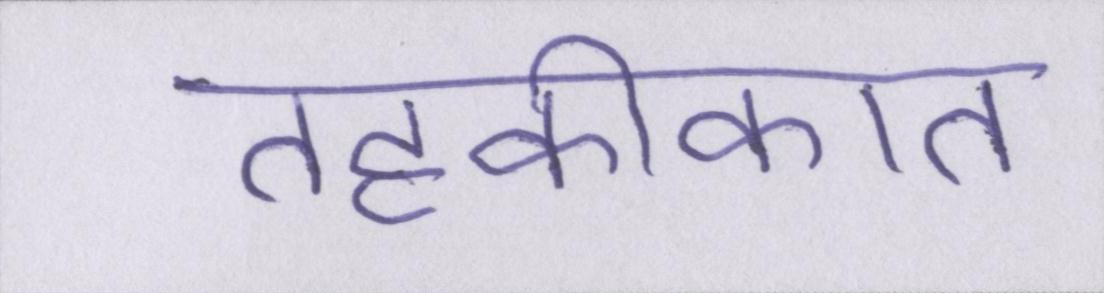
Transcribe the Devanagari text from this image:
तहकीकात